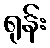
ရုန်း